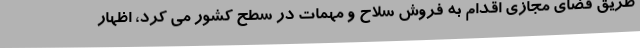
طریق فضای مجازی اقدام به فروش سلاح و مهمات در سطح کشور می کرد، اظهار